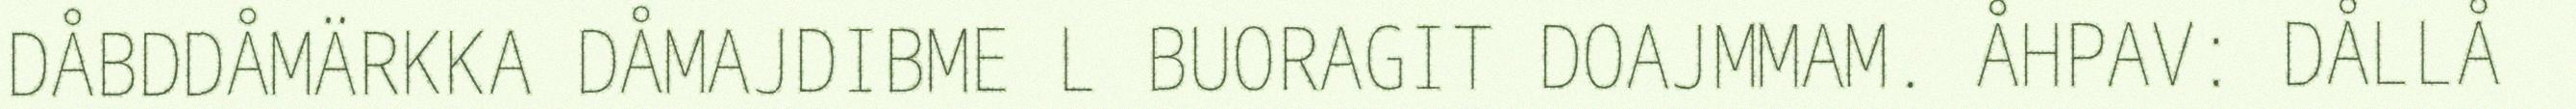
DÅBDDÅMÄRKKA DÅMAJDIBME L BUORAGIT DOAJMMAM.﻿﻿ ÅHPAV: DÅLLÅ